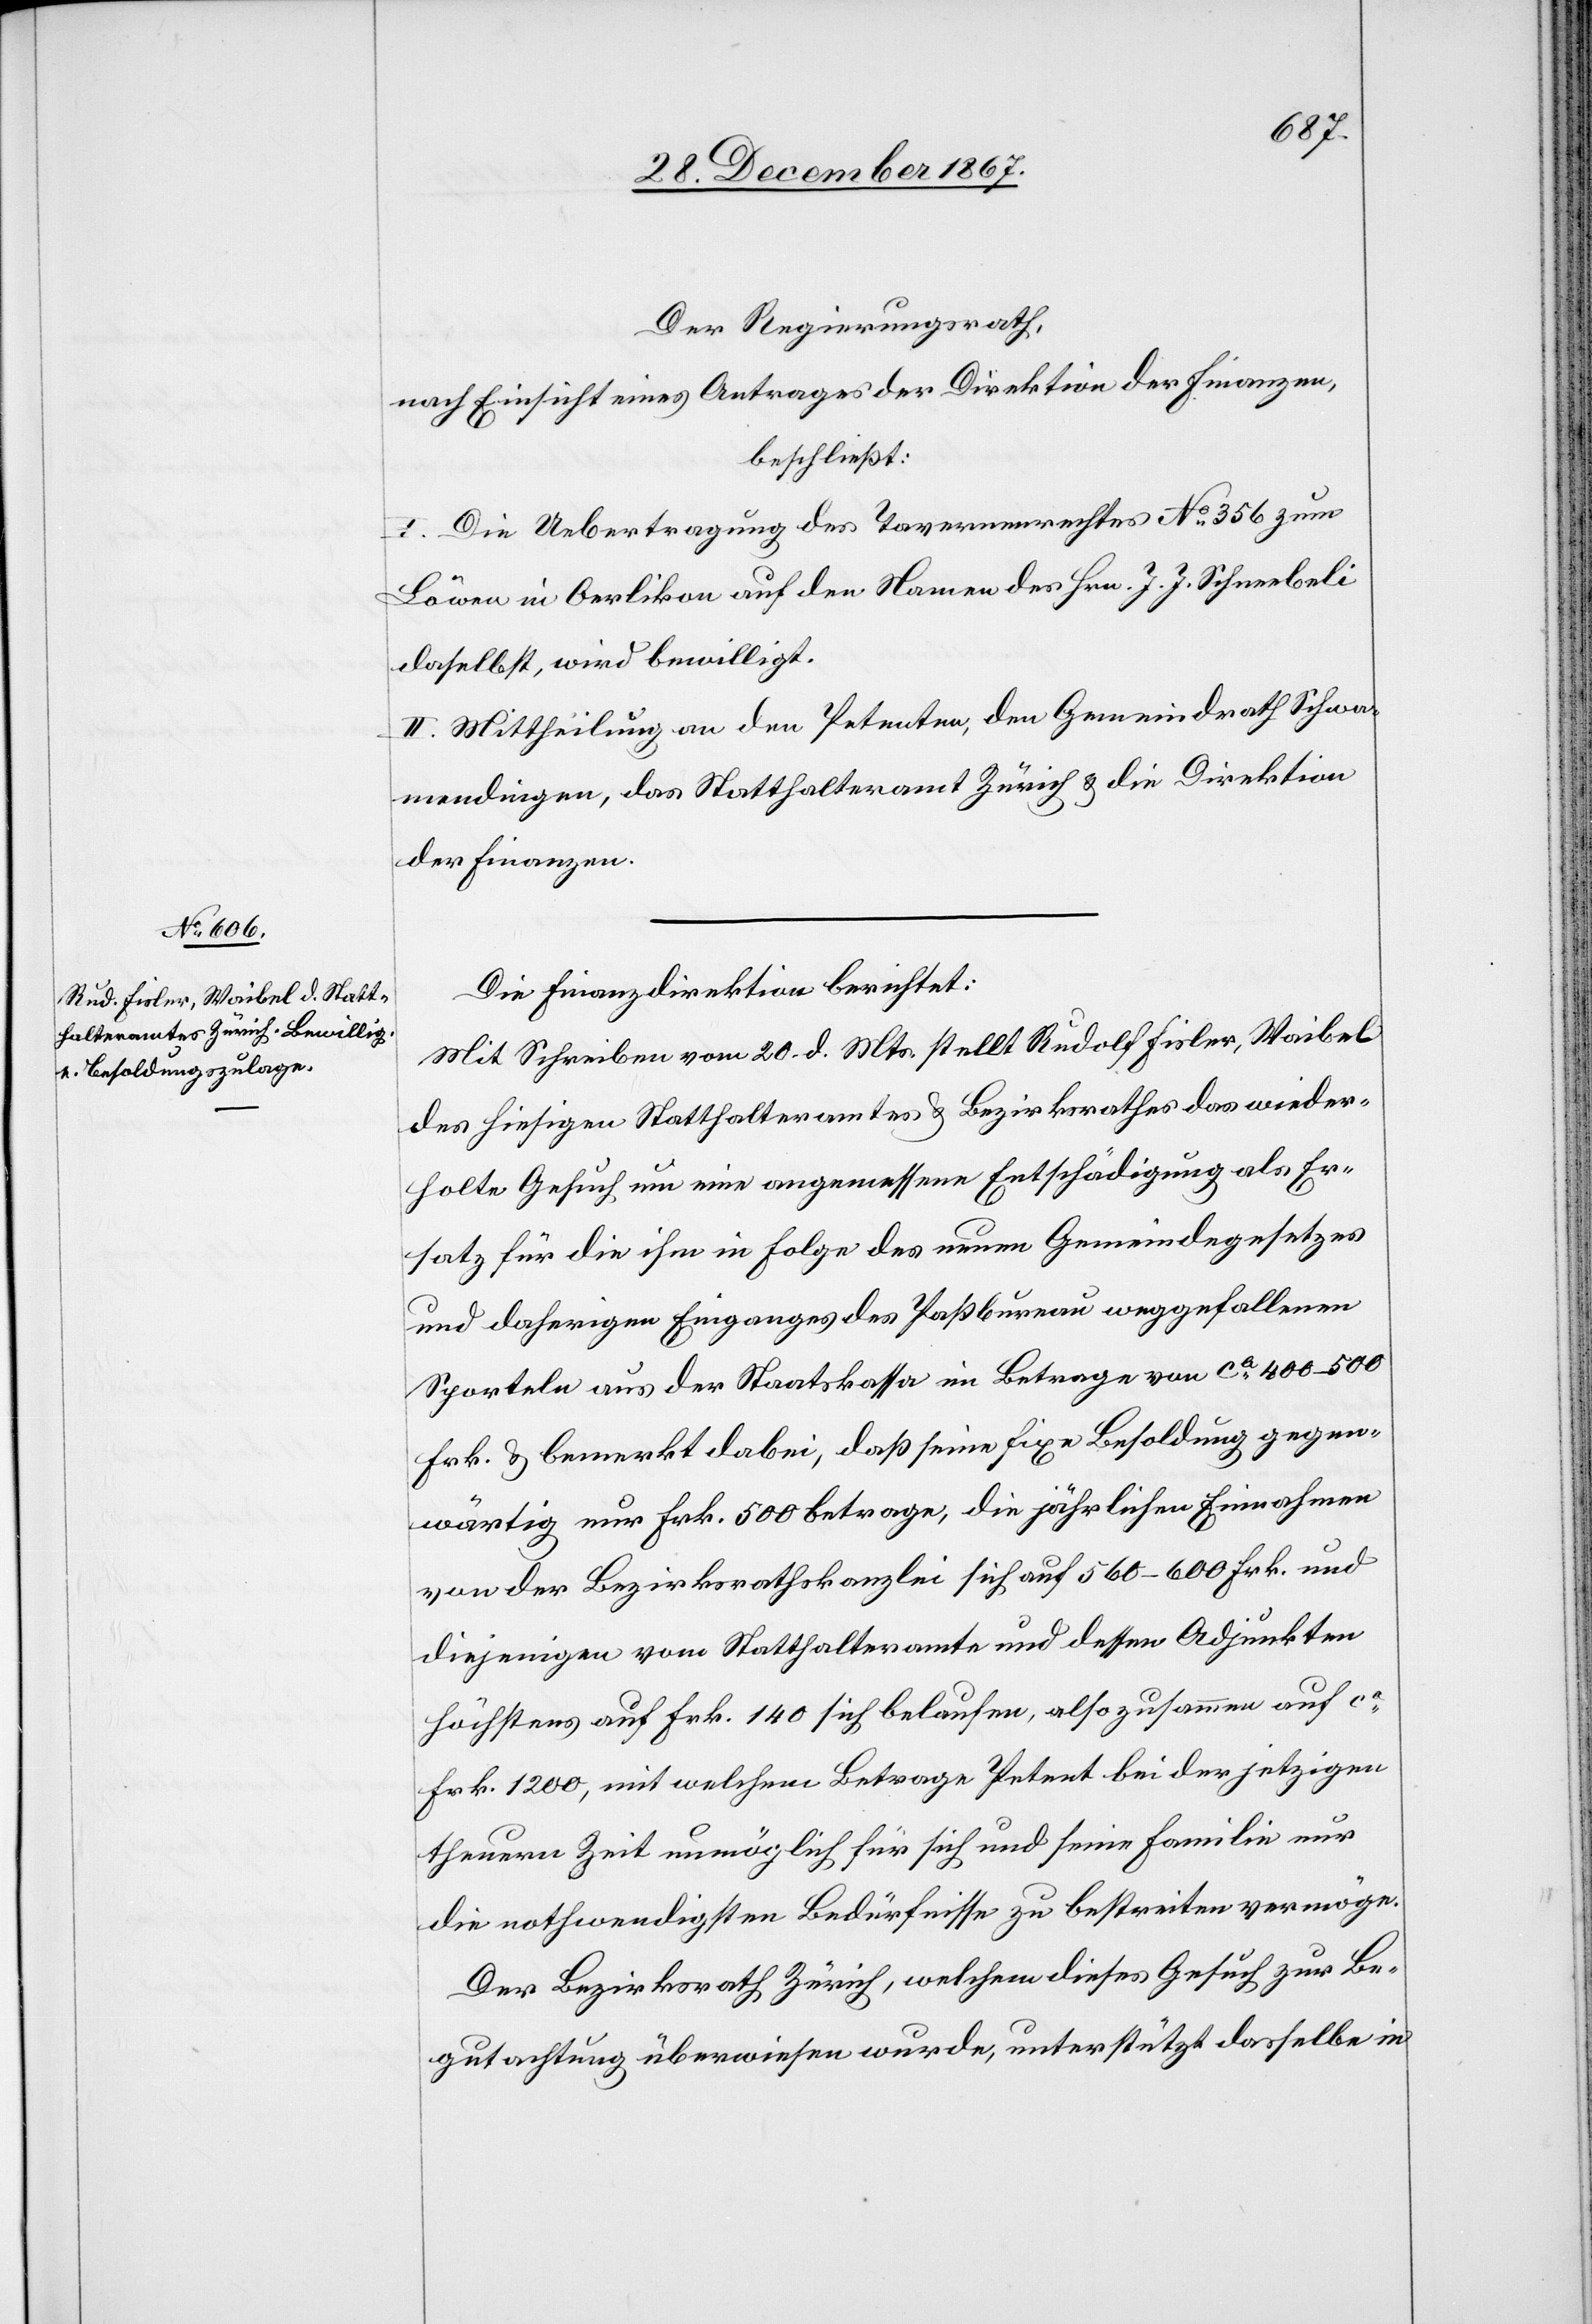
Der Regierungsrath,
nach Einsicht eines Antrages der Direktion der Finanzen,
beschließt:
I. Die Uebertragung des Tavernenrechtes No. 356 zum
Löwen in Oerlikon auf den Namen des Hrn. J. J. Schneebeli
daselbst, wird bewilligt.
II. Mittheilung an den Petenten, den Gemeindrath Schwa¬
mendingen, das Statthalteramt Zürich u. die Direktion
der Finanzen.
Die Finanzdirektion berichtet:
Mit Schreiben vom 20. d. Mts. stellt Rudolf Fisler, Waibel
des hiesigen Statthalteramtes u. Bezirksrathes das wieder¬
holte Gesuch um eine angemessene Entschädigung als Er¬
satz für die ihm in Folge des neuen Gemeindegesetzes
und daherigen Einganges des Paßbureau weggefallenen
Sporteln aus der Staatskassa im Betrage von ca 400–500
Frk. u. bemerkt dabei, daß seine fixe Besoldung gegen¬
wärtig nur Frk. 500 betrage, die jährlichen Einnahmen
von der Bezirksrathskanzlei sich auf 560–600 Frk. und
diejenigen vom Statthalteramte und dessen Adjunkten
höchstens auf Frk. 140 sich belaufen, also zusammen auf ca
Frk. 1200, mit welchem Betrage Petent bei der jetzigen
theuern Zeit unmöglich für sich und seine Familie nur
die nothwendigsten Bedürfnisse zu bestreiten vermöge.
Der Bezirksrath Zürich, welchem dieses Gesuch zur Be¬
gutachtung überwiesen wurde, unterstützt dasselbe in